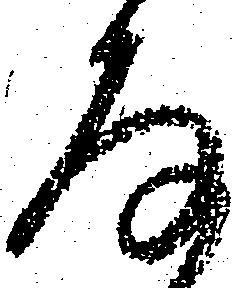
存